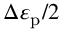
\Delta \varepsilon _ { \mathrm { p } } / 2